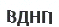
ВДНП